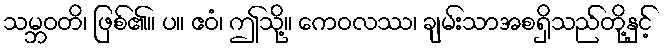
သမ္ဘဝတိ၊ ဖြစ်၏။ ပ။ ဧဝံ၊ ဤသို့။ ကေဝလဿ၊ ချမ်းသာအစရှိသည်တို့နှင့်